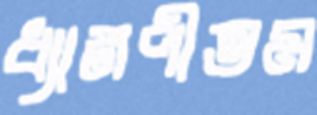
ধ্যানপীতম